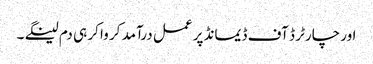
اور چارٹر ڈ آف ڈیمانڈ پر عمل درآمد کر وا کر ہی دم لینگے ۔